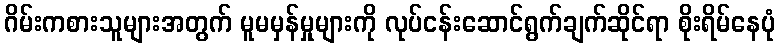
ဂိမ်းကစားသူများအတွက် မူမမှန်မှုများကို လုပ်ငန်းဆောင်ရွက်ချက်ဆိုင်ရာ စိုးရိမ်နေပုံ